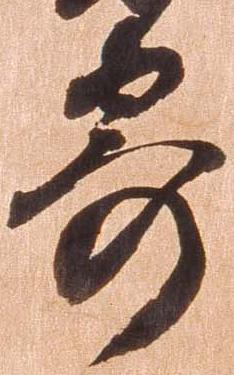
寄